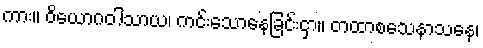
ကား။ ဝိယောဂဝါသာယ၊ ကင်းသောနေခြင်းငှာ။ တထာစသေနာသနေ၊